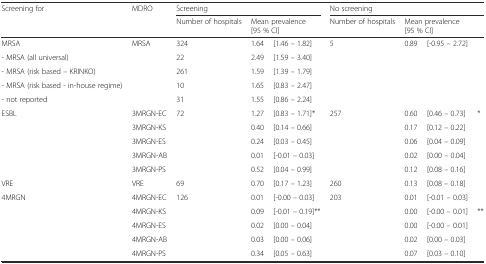
| <ROWSPAN=2> Screening for | <ROWSPAN=2> MDRO | <COLSPAN=3> Screening | <COLSPAN=4> No screening |
 | Number of hospitals | <COLSPAN=2> Mean prevalence[95 % CI] | Number of hospitals | <COLSPAN=3> Mean prevalence[95 % CI] |
 | --- | --- | --- | --- | --- | --- | --- | --- | --- |
 | MRSA | <ROWSPAN=4> MRSA | 324 | 1.64 | [1.46 – 1.82] | <ROWSPAN=5> 5 | <ROWSPAN=5> 0.89 | <ROWSPAN=5> [-0.95 – 2.72] | <ROWSPAN=5>  |
 | - MRSA (all universal) | 22 | 2.49 | [1.59 – 3.40] |
 | - MRSA (risk based – KRINKO) | 261 | 1.59 | [1.39 – 1.79] |
 | - MRSA (risk based - in-house regime) | 10 | 1.65 | [0.83 – 2.47] |
 | - not reported |  | 31 | 1.55 | [0.86 – 2.24] |
 | <ROWSPAN=5> ESBL | 3MRGN-EC | <ROWSPAN=5> 72 | 1.27 | [0.83 – 1.71]* | <ROWSPAN=5> 257 | 0.60 | [0.46 – 0.73] | * |
 | 3MRGN-KS | 0.40 | [0.14 – 0.66] | 0.17 | [0.12 – 0.22] |  |
 | 3MRGN-ES | 0.24 | [0.03 – 0.45] | 0.06 | [0.04 – 0.09] |  |
 | 3MRGN-AB | 0.01 | [-0.01 – 0.03] | 0.02 | [0.00 – 0.04] |  |
 | 3MRGN-PS | 0.52 | [0.04 – 0.99] | 0.12 | [0.08 – 0.16] |  |
 | VRE | VRE | 69 | 0.70 | [0.17 – 1.23] | 260 | 0.13 | [0.08 – 0.18] |  |
 | <ROWSPAN=5> 4MRGN | 4MRGN-EC | <ROWSPAN=5> 126 | 0.01 | [-0.00 – 0.03] | <ROWSPAN=5> 203 | 0.01 | [-0.01 – 0.03] |  |
 | 4MRGN-KS | 0.09 | [-0.01 – 0.19]** | 0.00 | [-0.00 – 0.01] | ** |
 | 4MRGN-ES | 0.02 | [0.00 – 0.04] | 0.00 | [-0.00 – 0.01] |  |
 | 4MRGN-AB | 0.03 | [0.00 – 0.06] | 0.02 | [0.00 – 0.03] |  |
 | 4MRGN-PS | 0.34 | [0.05 – 0.63] | 0.07 | [0.03 – 0.10] |  |